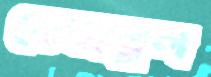
হেজবুল